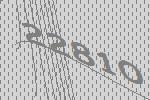
22810